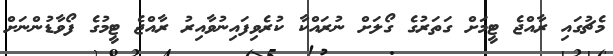
މެޗުގައި ރާއްޖެ ޓީމަށް ގަތަރުގެ ގޯލަށް ނުރައްކާ ކުރެވިފައިނުވާއިރު ރާއްޖެ ޓީމުގެ ފޯވާޑުންނަށް